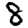
Digit: 8